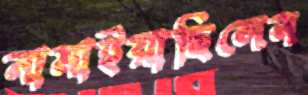
নামাইয়াছিলেন